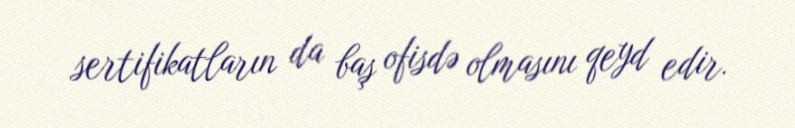
sertifikatların da baş ofisdə olmasını qeyd edir.